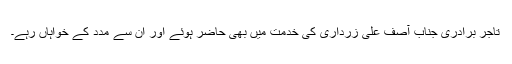
تاجر برادری جناب آصف علی زرداری کی خدمت میں بھی حاضر ہوئے اور ان سے مدد کے خواہاں رہے۔